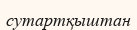
сутартқыштан